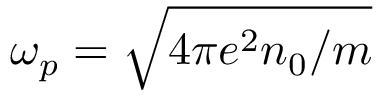
\omega _ { p } = \sqrt { 4 \pi e ^ { 2 } n _ { 0 } / m }